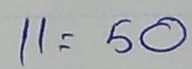
11 = 50